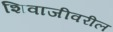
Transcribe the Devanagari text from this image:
शिवाजीवरील